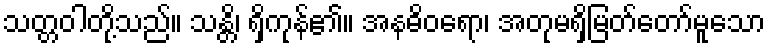
သတ္တဝါတို့သည်။ သန္တိ၊ ရှိကုန်၏။ အနဓိဝရော၊ အတုမရှိမြတ်တော်မူသော